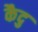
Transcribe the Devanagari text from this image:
कैदु